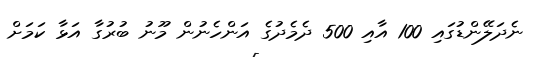
ނެދަލޭންޑުގައި 100 އާއި 500 ދެމެދުގެ އަންހެނުން މޫނު ބުރުގާ އަޅާ ކަމަށް